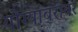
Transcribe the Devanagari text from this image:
योग्यांबरोबर